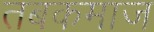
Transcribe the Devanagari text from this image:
तबकमाज